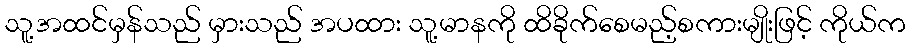
သူ့အထင်မှန်သည် မှားသည် အပထား သူ့မာနကို ထိခိုက်စေမည့်စကားမျိုးဖြင့် ကိုယ်က